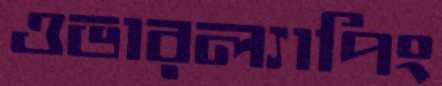
ওভারল্যাপিং